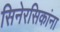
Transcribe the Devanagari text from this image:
सिनेरसिकांना